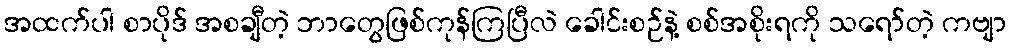
အထက်ပါ စာပိုဒ် အစချီတဲ့ ဘာတွေဖြစ်ကုန်ကြပြီလဲ ခေါင်းစဉ်နဲ့ စစ်အစိုးရကို သရော်တဲ့ ကဗျာ